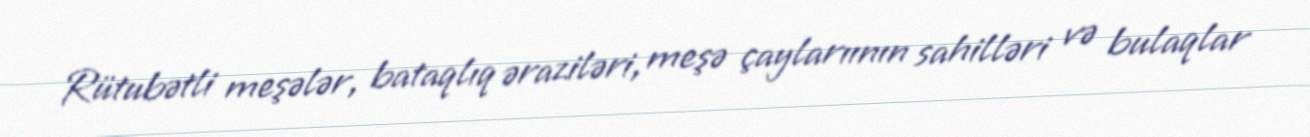
Rütubətli meşələr, bataqlıq əraziləri, meşə çaylarıının sahilləri və bulaqlar